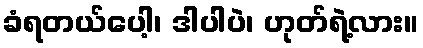
ခံရတယ်ပေါ့၊ ဒါပါပဲ၊ ဟုတ်ရဲ့လား။